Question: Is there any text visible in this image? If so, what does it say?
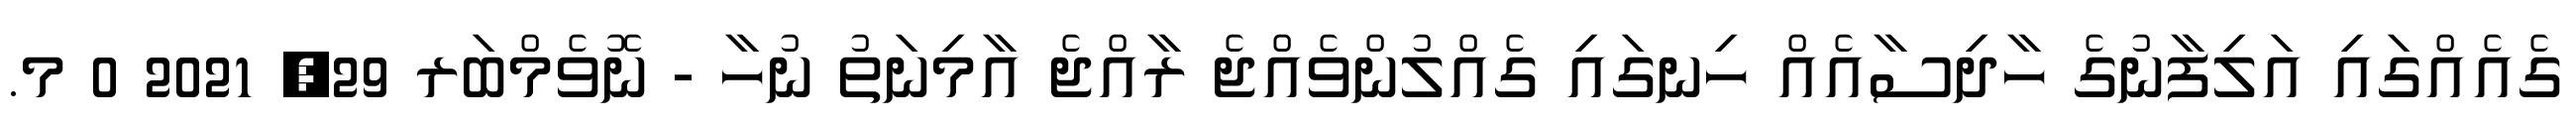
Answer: ގެއެއްގައި އަލިފާނުގެ ހާދިސާއެއް ހިނގައި ގެއްލުންވެއްޖެ ރާއްޖެ އާމިނަތު ނުހާ - ނޮވެމްބަރ 29, 2021 0 މ.